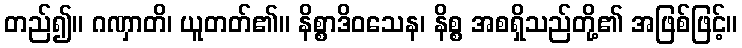
တည်၍။ ဂဏှာတိ၊ ယူတတ်၏။ နိစ္စာဒိဝသေန၊ နိစ္စ အစရှိသည်တို့၏ အဖြစ်ဖြင့်။